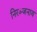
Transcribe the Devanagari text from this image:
निरञ्जनाय